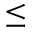
\le